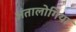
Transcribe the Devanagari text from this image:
अंतालोगिया